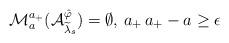
LaTeX: \begin{align*}\mathcal{M}_{a}^{a_+}(\mathcal{A}_{\widetilde{\lambda}_s}^{\hat{\varphi}}) = \emptyset, \, a_+ \, a_+-a \geq \epsilon\end{align*}